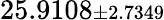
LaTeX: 25.9108{\scriptstyle\pm 2.7349}